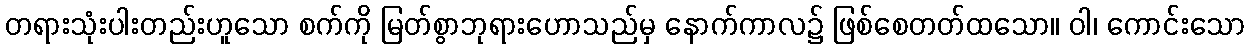
တရားသုံးပါးတည်းဟူသော စက်ကို မြတ်စွာဘုရားဟောသည်မှ နောက်ကာလ၌ ဖြစ်စေတတ်ထသော။ ဝါ၊ ကောင်းသော